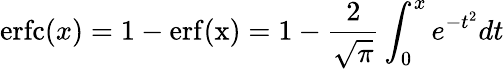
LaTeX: \mathrm{erfc}(x)=1-\mathrm{erf(x)}=1-\frac{2}{\sqrt{\pi}}\int_{0}^{x}e^{-t^{2}}dt